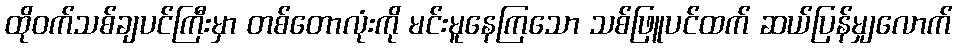
ထိုဝက်သစ်ချပင်ကြီးမှာ တစ်တောလုံးကို မင်းမူနေကြသော သစ်ဖြူပင်ထက် ဆယ်ပြန်မျှလောက်